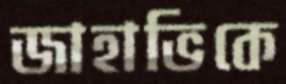
জাহাভিকে